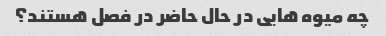
چه میوه هایی در حال حاضر در فصل هستند؟